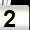
Digit: 2